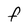
Character: F